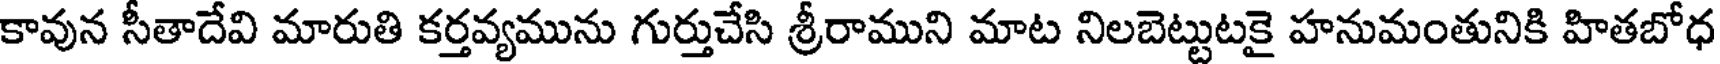
కావున సీతాదేవి మారుతి కర్తవ్యమును గుర్తుచేసి శ్రీరాముని మాట నిలబెట్టుటకై హనుమంతునికి హితబోధ